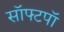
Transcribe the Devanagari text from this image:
सॉफ्टपॉ